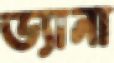
ড্যানা